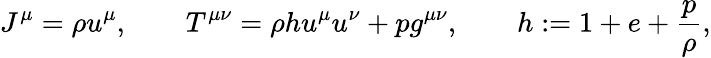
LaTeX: J^{\mu}=\rho u^{\mu},\qquad T^{\mu\nu}=\rho hu^{\mu}u^{\nu}+pg^{\mu\nu},\qquad h:=1+e+\frac{p}{\rho},